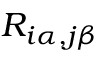
R _ { i \alpha , j \beta }